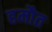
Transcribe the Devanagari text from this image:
हमौत